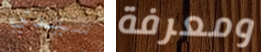
سيدي ومعرفة